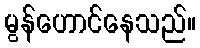
မွန်ဟောင်နေသည်။